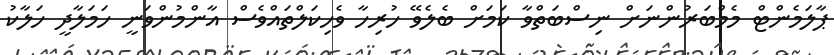
ޕާލަމެންޓް މެމްބަރުންނަށް ނިސްބަތްވާ ކަމަށް ބެލެވޭ ހުރިހާ ވެހިކަލްތައްވެސް އާންމުންވަނީ ހަމަލާދީ ހަލާކު